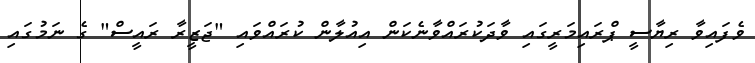
ވެފައިވާ ރިޔާސީ ޕްރައިމަރީގައި ވާދަކުރައްވާނެކަން އިއުލާން ކުރައްވައި "ޖަޒީރާ ރައީސް" ގެ ނަމުގައި